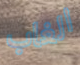
الغاب